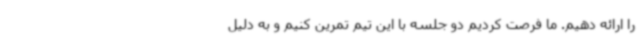
را ارائه دهیم. ما فرصت کردیم دو جلسه با این تیم تمرین کنیم و به دلیل